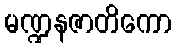
မဏ္ဍနဇာတိကော